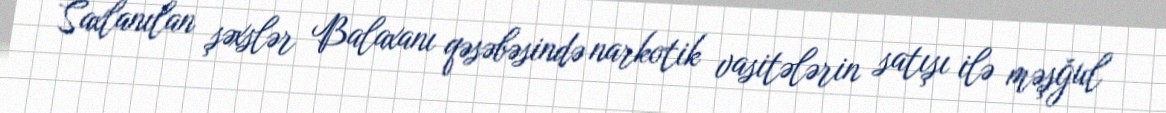
Saxlanılan şəxslər Balaxanı qəsəbəsində narkotik vasitələrin satışı ilə məşğul